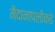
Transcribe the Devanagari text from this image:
मैदानापलीकडे